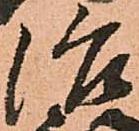
治